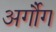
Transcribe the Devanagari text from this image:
अर्गौग